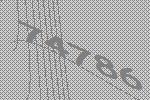
74786